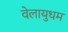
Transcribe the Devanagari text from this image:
वेलायुधम